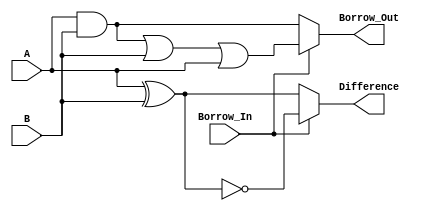
module FullSubtractor(
    input A,
    input B,
    input Borrow_In,
    output Difference,
    output Borrow_Out
);

    reg Difference;
    reg Borrow_Out;

    always @* begin
        if (Borrow_In) begin
            Difference = A ^ B ^ 1;
            Borrow_Out = (A & B) | (B & 1) | (A & 1);
        end else begin
            Difference = A ^ B;
            Borrow_Out = (A & B);
        end
    end

endmodule